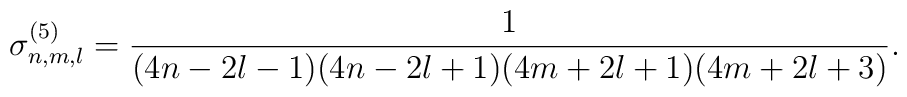
\sigma_{n,m,l}^{(5)} = \frac{1}{(4n-2l-1)(4n-2l+1)(4m+2l+1)(4m+2l+3)}.